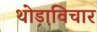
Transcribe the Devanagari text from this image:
थोड़ाविचार